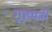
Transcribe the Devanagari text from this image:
गृहमत्री